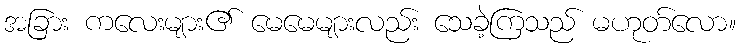
အခြား ကလေးများ၏ မေမေများလည်း သေခဲ့ကြသည် မဟုတ်လော။